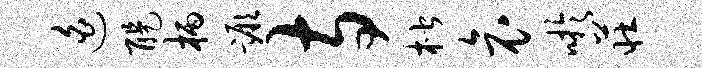
迫醍柄蹶寺楷哀吁庄